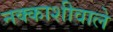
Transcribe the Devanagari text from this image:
नक्काशीवाले